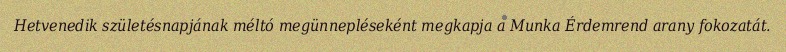
Hetvenedik születésnapjának méltó megünnepléseként megkapja a Munka Érdemrend arany fokozatát.